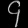
Digit: ၄